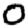
Digit: 0